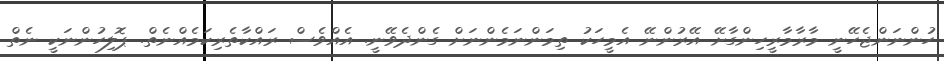
ހުންނަންޖެހޭނީ މާރާމާރީހިންގާށޭ އޭރުންނޭ އެމީހަކު ތިމަންނަމެންނަށް ގެންދެވޭނީ. އެއްވެސް ރައްކާތެރިކަމެއްނެތް. ޕޮލިހުންނަކީ ނެތް